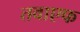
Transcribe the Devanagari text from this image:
तवाएफ